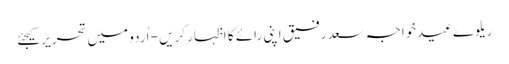
ریلوےعیدخواجہ سعد رفیق اپنی رائے کا اظہار کریں - اُردو میں تحریر کیجئے